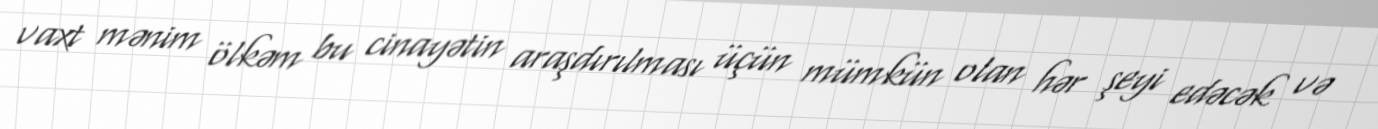
vaxt mənim ölkəm bu cinayətin araşdırılması üçün mümkün olan hər şeyi edəcək və